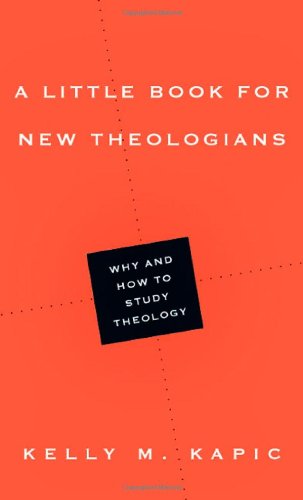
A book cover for A Little Book for New Theologians: Why and How to Study Theology; Kelly M. Kapic; Christian Books & Bibles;